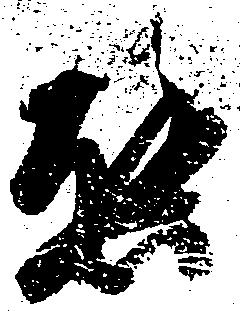
態